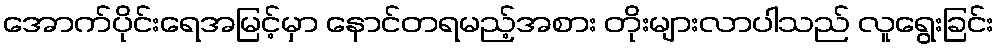
အောက်ပိုင်းရေအမြင့်မှာ နောင်တရမည့်အစား တိုးများလာပါသည် လူရွေးခြင်း